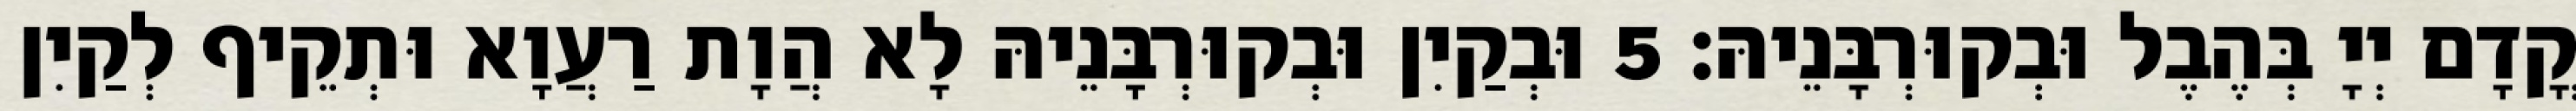
קֳדָם יְיָ בְּהֶבֶל וּבְקוּרְבָּנֵיהּ׃ 5 וּבְקַיִן וּבְקוּרְבָּנֵיהּ לָא הֲוָת רַעֲוָא וּתְקֵיף לְקַיִן